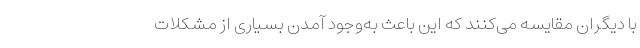
با دیگران مقایسه می‌کنند که این باعث به‌وجود آمدن بسیاری از مشکلات